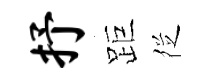
抒距徔